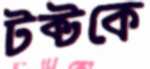
টক্টকে